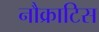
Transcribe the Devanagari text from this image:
नौक्राटिस